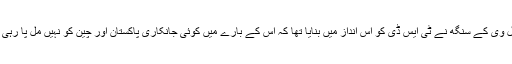
جنرل وی کے سنگھ نے ٹی ایس ڈی کو اِس انداز میں بنایا تھا کہ اس کے بارے میں کوئی جانکاری پاکستان اور چین کو نہیں مل پا رہی تھی۔